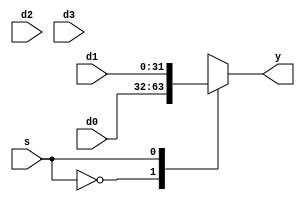
module mux(s,y,d0,d1,d2,d3);
  parameter sigwidth=1, width=32;
  input [sigwidth-1:0] s;
  input [width-1:0] d0,d1,d2,d3;
  output reg [width-1:0] y;
  
  always@(*)
  begin 
    case(s)
      2'b00:
      begin
        y=d0;
      end
      2'b01:
      begin
        y=d1;
      end
      2'b10:
      begin
        y=d2;
      end
      2'b11:
      begin
        y=d3;
      end
    endcase
  end
endmodule